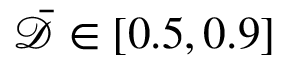
\bar { \mathcal { D } } \in [ 0 . 5 , 0 . 9 ]